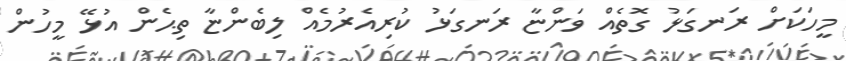
މީހަކަށް ރަނގަޅު ގޮތެއް ވަންޏާ ރަނގަޅު ކުރިއެރުމެއް ލިބެންޏާ ތިޙެން އުޅޭ މީހުން